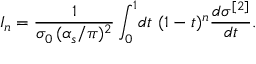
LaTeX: { \cal I } _ { n } = { \frac { 1 } { \sigma _ { 0 } \, ( \alpha _ { s } / \pi ) ^ { 2 } } } \int _ { 0 } ^ { 1 } \! d t \ ( 1 - t ) ^ { n } { \frac { d \sigma ^ { [ 2 ] } } { d t } } .